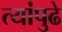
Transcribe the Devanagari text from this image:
त्यांपुढे